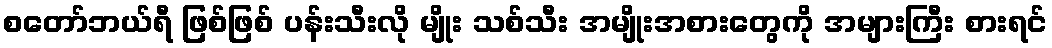
စတော်ဘယ်ရီ ဖြစ်ဖြစ် ပန်းသီးလို မျိုး သစ်သီး အမျိုးအစားတွေကို အများကြီး စားရင်